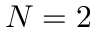
N = 2